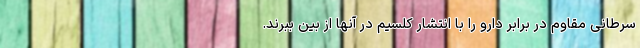
سرطانی مقاوم در برابر دارو را با انتشار کلسیم در آنها از بین ببرند.